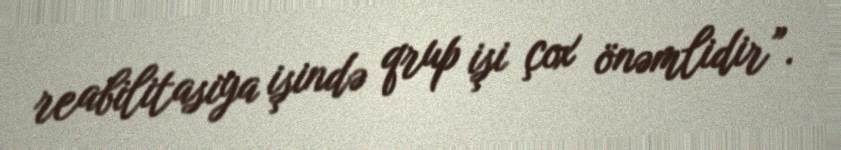
reabilitasiya işində qrup işi çox önəmlidir”.